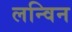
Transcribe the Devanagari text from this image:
लन्विन